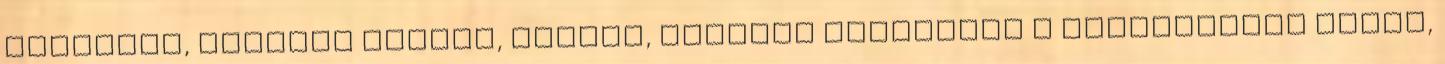
nézőpont, Pásztor Attila, tavasz, tavaszi fáradtság A kommentelés opció,